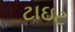
ટાઇટ